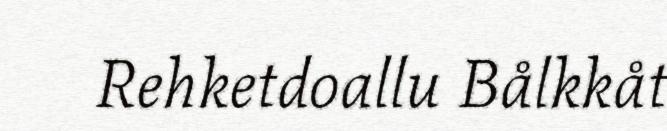
Rehketdoallu Bålkkåt